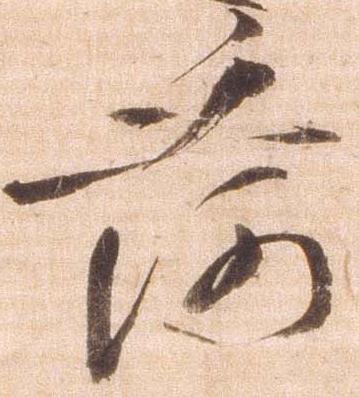
荷